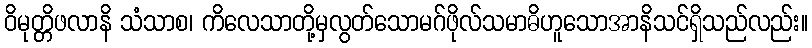
ဝိမုတ္တိဖလာနိ သံသာစ၊ ကိလေသာတို့မှလွတ်သောမဂ်ဖိုလ်သမာဓိဟူသောအာနိသင်ရှိသည်လည်း။